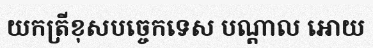
យកត្រីខុសបច្ចេកទេស បណ្តាល អោយ